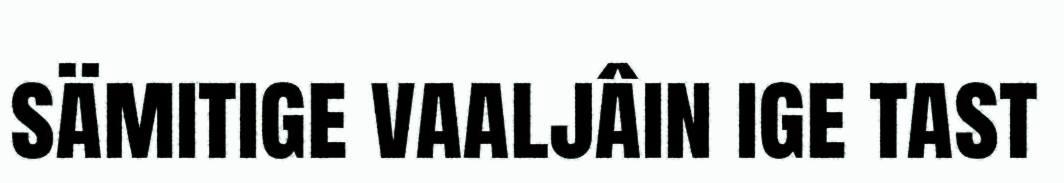
sämitige vaaljâin ige tast